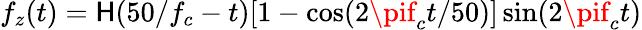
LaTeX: f_{z}(t)=\mathsf{H}(50/f_{c}-t)[1-\cos(2\pif_{c}t/50)]\sin(2\pif_{c}t)